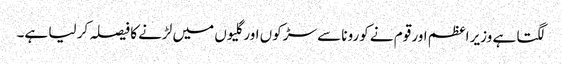
لگتا ہے وزیر اعظم اور قوم نے کورونا سے سڑکوں اور گلیوں میں لڑنے کا فیصلہ کر لیا ہے۔